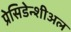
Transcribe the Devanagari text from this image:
प्रेसिडेन्शीअल